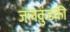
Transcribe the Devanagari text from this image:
जलकुंडकी